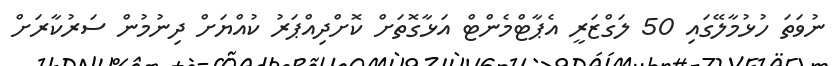
ނުވަތަ ހުޅުމާލޭގައި 50 ލަގްޒަރީ އެޕާޓްމެންޓް އަޅާގޮތަށް ކޮށްދިއްޕަރު ކުއްޔަށް ދިނުމުން ސަރުކާރަށް